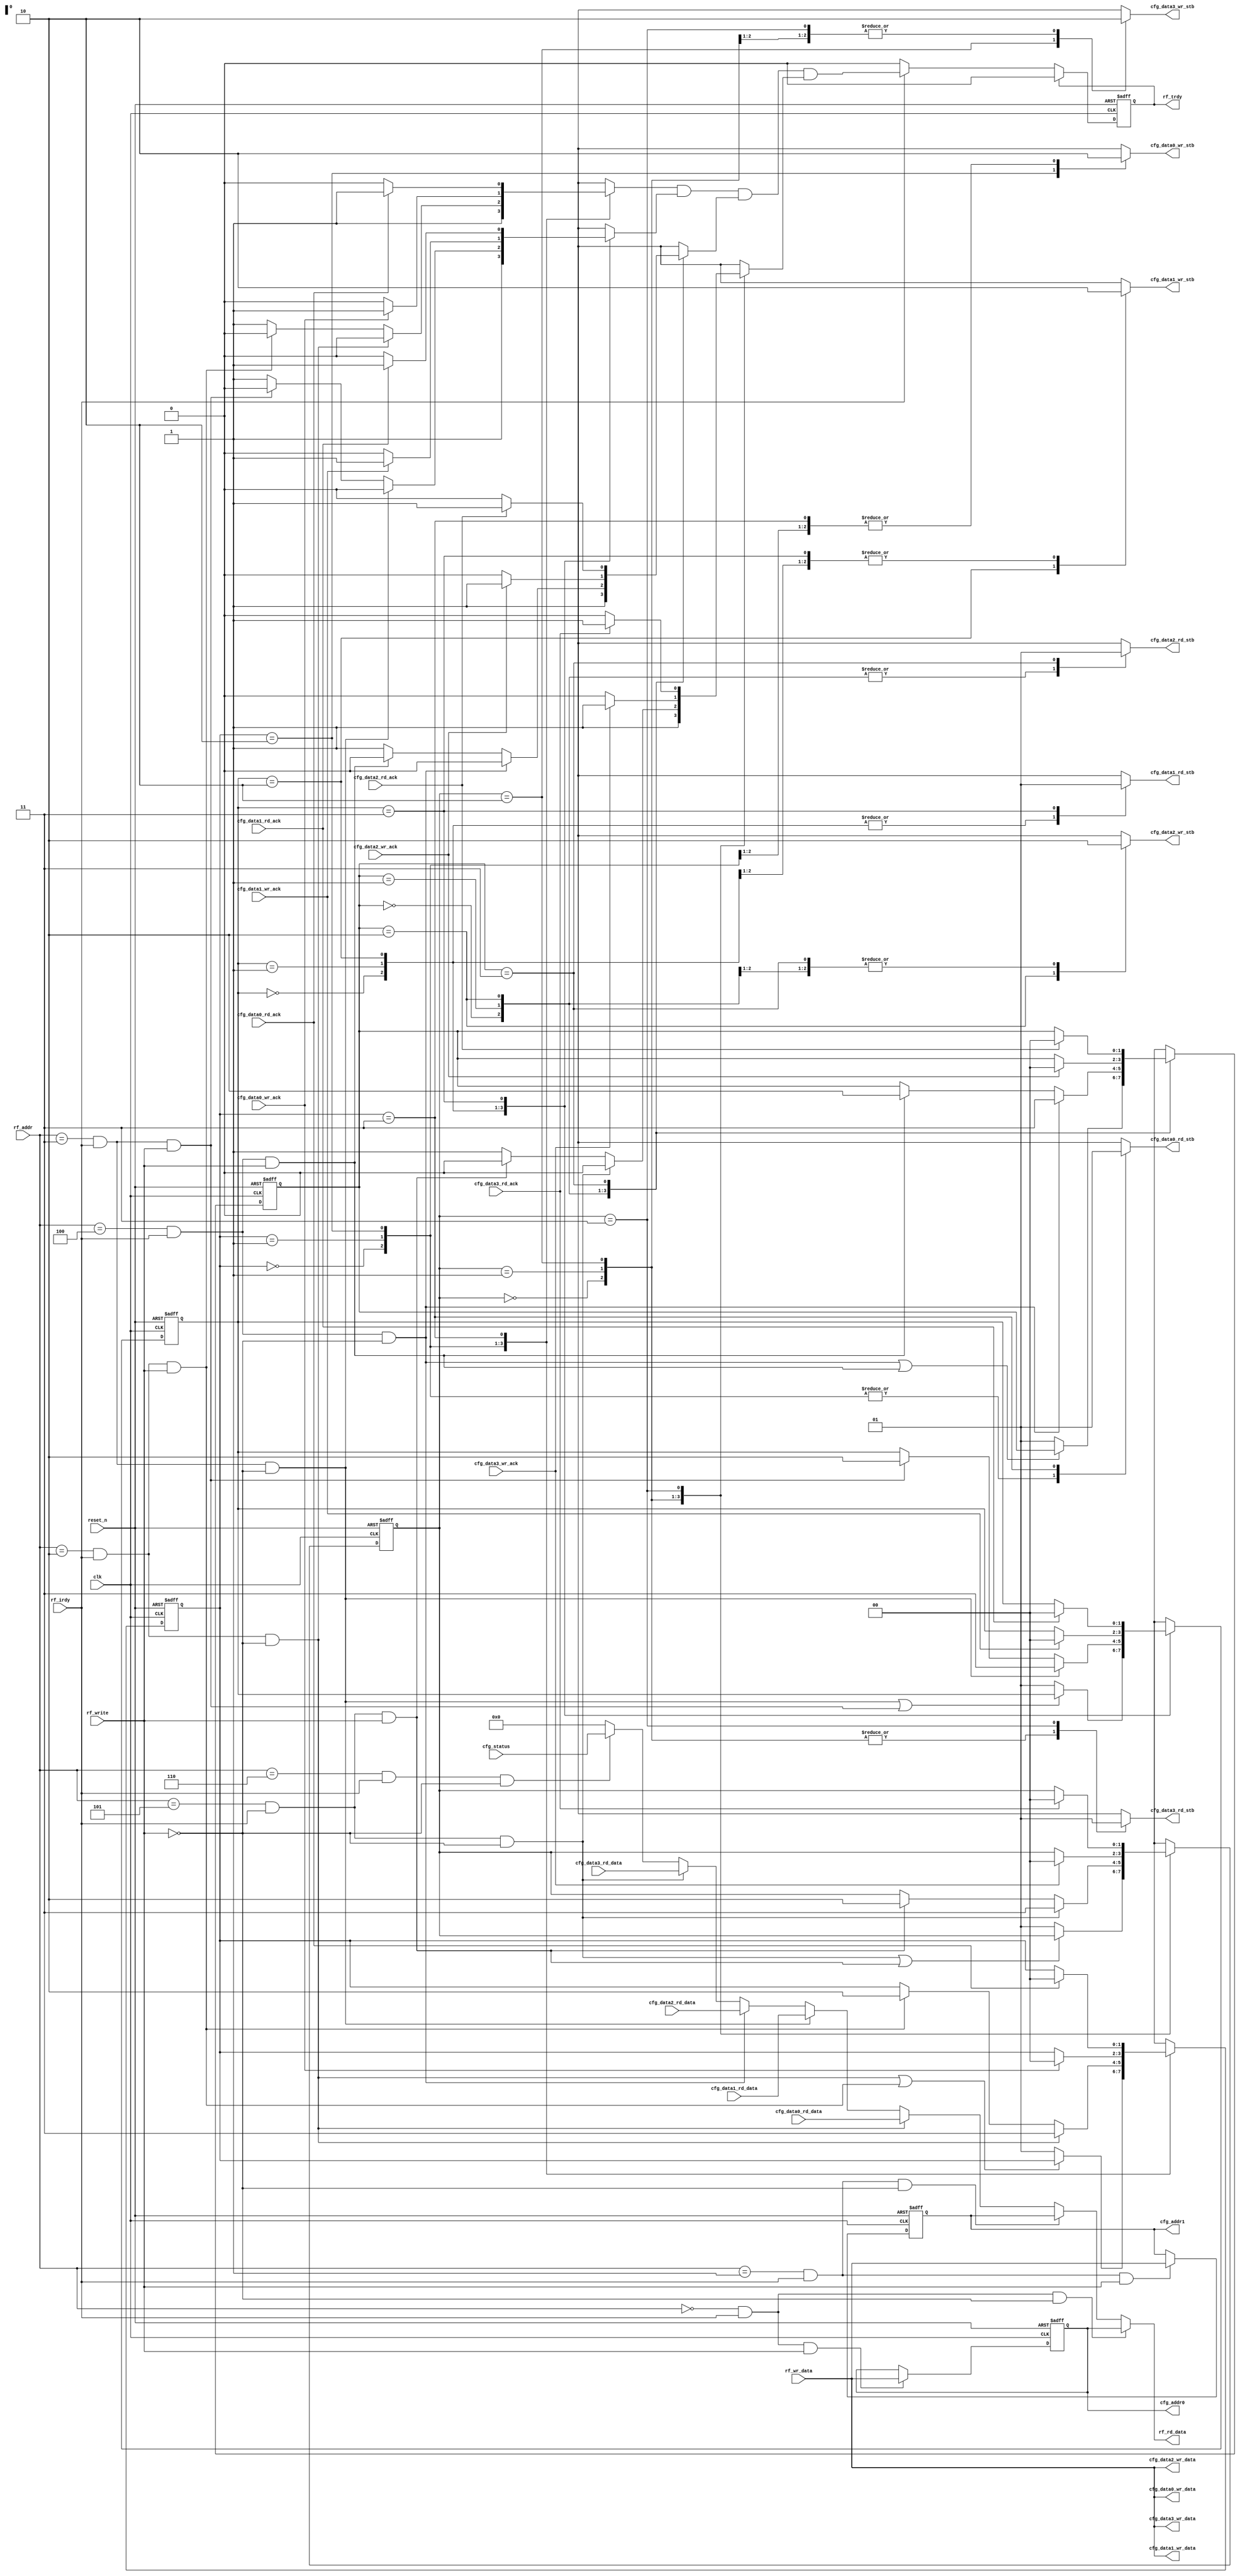
// This program was cloned from: https://github.com/hutch31/tv80
// License: MIT License

module lcfg_cfgo_regs (
clk,reset_n,rf_irdy,rf_trdy,rf_write,rf_addr,rf_wr_data,rf_rd_data,cfg_addr0,cfg_addr1,cfg_data0_wr_stb,cfg_data0_rd_stb,cfg_data0_wr_data,cfg_data0_rd_data,cfg_data0_rd_ack,cfg_data0_wr_ack,cfg_data1_wr_stb,cfg_data1_rd_stb,cfg_data1_wr_data,cfg_data1_rd_data,cfg_data1_rd_ack,cfg_data1_wr_ack,cfg_data2_wr_stb,cfg_data2_rd_stb,cfg_data2_wr_data,cfg_data2_rd_data,cfg_data2_rd_ack,cfg_data2_wr_ack,cfg_data3_wr_stb,cfg_data3_rd_stb,cfg_data3_wr_data,cfg_data3_rd_data,cfg_data3_rd_ack,cfg_data3_wr_ack,cfg_status);
input clk;
input reset_n;
input rf_irdy;
output rf_trdy;
input rf_write;
input [3:0] rf_addr;
input [7:0] rf_wr_data;
output [7:0] rf_rd_data;
output [7:0] cfg_addr0;
output [7:0] cfg_addr1;
output cfg_data0_wr_stb;
output cfg_data0_rd_stb;
output [7:0] cfg_data0_wr_data;
input [7:0] cfg_data0_rd_data;
input cfg_data0_rd_ack;
input cfg_data0_wr_ack;
output cfg_data1_wr_stb;
output cfg_data1_rd_stb;
output [7:0] cfg_data1_wr_data;
input [7:0] cfg_data1_rd_data;
input cfg_data1_rd_ack;
input cfg_data1_wr_ack;
output cfg_data2_wr_stb;
output cfg_data2_rd_stb;
output [7:0] cfg_data2_wr_data;
input [7:0] cfg_data2_rd_data;
input cfg_data2_rd_ack;
input cfg_data2_wr_ack;
output cfg_data3_wr_stb;
output cfg_data3_rd_stb;
output [7:0] cfg_data3_wr_data;
input [7:0] cfg_data3_rd_data;
input cfg_data3_rd_ack;
input cfg_data3_wr_ack;
input [7:0] cfg_status;
reg [7:0] rf_rd_data;
reg nxt_rf_trdy;
reg rf_trdy;
reg [7:0] cfg_addr0;
reg [7:0] nxt_cfg_addr0;
reg cfg_addr0_rd_sel;
reg cfg_addr0_wr_sel;
reg [7:0] cfg_addr1;
reg [7:0] nxt_cfg_addr1;
reg cfg_addr1_rd_sel;
reg cfg_addr1_wr_sel;
reg cfg_data0_rd_sel;
reg cfg_data0_wr_sel;
reg cfg_data0_rd_stb;
reg cfg_data0_wr_stb;
reg cfg_data0_wait_n;
reg [7:0] cfg_data0;
reg [7:0] cfg_data0_wr_data;
reg [1:0] sm_cfg_data0_state;
reg [1:0] nxt_sm_cfg_data0_state;
reg cfg_data1_rd_sel;
reg cfg_data1_wr_sel;
reg cfg_data1_rd_stb;
reg cfg_data1_wr_stb;
reg cfg_data1_wait_n;
reg [7:0] cfg_data1;
reg [7:0] cfg_data1_wr_data;
reg [1:0] sm_cfg_data1_state;
reg [1:0] nxt_sm_cfg_data1_state;
reg cfg_data2_rd_sel;
reg cfg_data2_wr_sel;
reg cfg_data2_rd_stb;
reg cfg_data2_wr_stb;
reg cfg_data2_wait_n;
reg [7:0] cfg_data2;
reg [7:0] cfg_data2_wr_data;
reg [1:0] sm_cfg_data2_state;
reg [1:0] nxt_sm_cfg_data2_state;
reg cfg_data3_rd_sel;
reg cfg_data3_wr_sel;
reg cfg_data3_rd_stb;
reg cfg_data3_wr_stb;
reg cfg_data3_wait_n;
reg [7:0] cfg_data3;
reg [7:0] cfg_data3_wr_data;
reg [1:0] sm_cfg_data3_state;
reg [1:0] nxt_sm_cfg_data3_state;
reg cfg_status_rd_sel;
always @*
  begin
    cfg_addr0_rd_sel = (rf_addr[3:0] == 0) & rf_irdy & !rf_write;
    cfg_addr0_wr_sel = (rf_addr[3:0] == 0) & rf_irdy & rf_write;

    cfg_addr1_rd_sel = (rf_addr[3:0] == 1) & rf_irdy & !rf_write;
    cfg_addr1_wr_sel = (rf_addr[3:0] == 1) & rf_irdy & rf_write;

    cfg_data0_rd_sel = (rf_addr[3:0] == 2) & rf_irdy & !rf_write;
    cfg_data0_wr_sel = (rf_addr[3:0] == 2) & rf_irdy & rf_write;

    cfg_data1_rd_sel = (rf_addr[3:0] == 3) & rf_irdy & !rf_write;
    cfg_data1_wr_sel = (rf_addr[3:0] == 3) & rf_irdy & rf_write;

    cfg_data2_rd_sel = (rf_addr[3:0] == 4) & rf_irdy & !rf_write;
    cfg_data2_wr_sel = (rf_addr[3:0] == 4) & rf_irdy & rf_write;

    cfg_data3_rd_sel = (rf_addr[3:0] == 5) & rf_irdy & !rf_write;
    cfg_data3_wr_sel = (rf_addr[3:0] == 5) & rf_irdy & rf_write;

    cfg_status_rd_sel = (rf_addr[3:0] == 6) & rf_irdy & !rf_write;
  end
always @*
  begin
    case (1'b1)
      cfg_addr0_rd_sel : rf_rd_data = cfg_addr0;
      cfg_addr1_rd_sel : rf_rd_data = cfg_addr1;
      cfg_data0_rd_sel : rf_rd_data = cfg_data0;
      cfg_data1_rd_sel : rf_rd_data = cfg_data1;
      cfg_data2_rd_sel : rf_rd_data = cfg_data2;
      cfg_data3_rd_sel : rf_rd_data = cfg_data3;
      cfg_status_rd_sel : rf_rd_data = cfg_status;
      default : rf_rd_data = 8'b0;
    endcase
  end
always @*
  begin
    if (rf_trdy) nxt_rf_trdy = 0;
    else if (rf_irdy) nxt_rf_trdy = cfg_data0_wait_n & cfg_data1_wait_n & cfg_data2_wait_n & cfg_data3_wait_n;
    else nxt_rf_trdy = 0;
  end
always @(posedge clk or negedge reset_n)
  begin
    if (~reset_n) rf_trdy <= #1 0;
    else rf_trdy <= #1 nxt_rf_trdy;
  end
// config: cfg_addr0
always @*
  begin
    if (cfg_addr0_wr_sel) nxt_cfg_addr0 = rf_wr_data;
    else nxt_cfg_addr0 = cfg_addr0;
  end
always @(posedge clk or negedge reset_n)
  begin
    if (~reset_n) cfg_addr0 <= #1 8'h0;
    else cfg_addr0 <= #1 nxt_cfg_addr0;
  end
// config: cfg_addr1
always @*
  begin
    if (cfg_addr1_wr_sel) nxt_cfg_addr1 = rf_wr_data;
    else nxt_cfg_addr1 = cfg_addr1;
  end
always @(posedge clk or negedge reset_n)
  begin
    if (~reset_n) cfg_addr1 <= #1 8'h0;
    else cfg_addr1 <= #1 nxt_cfg_addr1;
  end
// state machine sm_cfg_data0
parameter st_sm_cfg_data0_w_clear = 0;
parameter st_sm_cfg_data0_idle = 1;
parameter st_sm_cfg_data0_wr_req = 2;
parameter st_sm_cfg_data0_rd_req = 3;
always @*
  begin
    cfg_data0_rd_stb = 0;
    cfg_data0_wr_stb = 0;
    cfg_data0_wait_n = 1;
    nxt_sm_cfg_data0_state = sm_cfg_data0_state;
    case (sm_cfg_data0_state)
    st_sm_cfg_data0_w_clear : 
      begin
        if (~(cfg_data0_rd_sel | cfg_data0_wr_sel))
        begin
        nxt_sm_cfg_data0_state = st_sm_cfg_data0_idle;
        end
      end
    st_sm_cfg_data0_idle : 
      begin
        if (cfg_data0_rd_sel)
        begin
        nxt_sm_cfg_data0_state = st_sm_cfg_data0_rd_req;
        cfg_data0_wait_n = 0;
        end
        else if (cfg_data0_wr_sel)
        begin
        nxt_sm_cfg_data0_state = st_sm_cfg_data0_wr_req;
        cfg_data0_wait_n = 0;
        end
      end
    st_sm_cfg_data0_wr_req : 
      begin
        if (cfg_data0_wr_ack)
        begin
        nxt_sm_cfg_data0_state = st_sm_cfg_data0_w_clear;
        end
        else if (!cfg_data0_wr_ack)
        begin
        cfg_data0_wait_n = 0;
        end
        cfg_data0_wr_stb = 1;
      end
    st_sm_cfg_data0_rd_req : 
      begin
        if (cfg_data0_rd_ack)
        begin
        nxt_sm_cfg_data0_state = st_sm_cfg_data0_w_clear;
        end
        else if (!cfg_data0_rd_ack)
        begin
        cfg_data0_wait_n = 0;
        end
        cfg_data0_rd_stb = 1;
      end
    endcase
  end
always @(posedge clk or negedge reset_n)
  begin
    if(~reset_n)
    sm_cfg_data0_state <= #1 st_sm_cfg_data0_idle;
    else
    sm_cfg_data0_state <= #1 nxt_sm_cfg_data0_state;
  end
always @*
  begin
    cfg_data0_wr_data = rf_wr_data;
    cfg_data0 = cfg_data0_rd_data;
  end
// state machine sm_cfg_data1
parameter st_sm_cfg_data1_w_clear = 0;
parameter st_sm_cfg_data1_idle = 1;
parameter st_sm_cfg_data1_wr_req = 2;
parameter st_sm_cfg_data1_rd_req = 3;
always @*
  begin
    cfg_data1_rd_stb = 0;
    cfg_data1_wr_stb = 0;
    cfg_data1_wait_n = 1;
    nxt_sm_cfg_data1_state = sm_cfg_data1_state;
    case (sm_cfg_data1_state)
    st_sm_cfg_data1_w_clear : 
      begin
        if (~(cfg_data1_rd_sel | cfg_data1_wr_sel))
        begin
        nxt_sm_cfg_data1_state = st_sm_cfg_data1_idle;
        end
      end
    st_sm_cfg_data1_idle : 
      begin
        if (cfg_data1_rd_sel)
        begin
        nxt_sm_cfg_data1_state = st_sm_cfg_data1_rd_req;
        cfg_data1_wait_n = 0;
        end
        else if (cfg_data1_wr_sel)
        begin
        nxt_sm_cfg_data1_state = st_sm_cfg_data1_wr_req;
        cfg_data1_wait_n = 0;
        end
      end
    st_sm_cfg_data1_wr_req : 
      begin
        if (cfg_data1_wr_ack)
        begin
        nxt_sm_cfg_data1_state = st_sm_cfg_data1_w_clear;
        end
        else if (!cfg_data1_wr_ack)
        begin
        cfg_data1_wait_n = 0;
        end
        cfg_data1_wr_stb = 1;
      end
    st_sm_cfg_data1_rd_req : 
      begin
        if (cfg_data1_rd_ack)
        begin
        nxt_sm_cfg_data1_state = st_sm_cfg_data1_w_clear;
        end
        else if (!cfg_data1_rd_ack)
        begin
        cfg_data1_wait_n = 0;
        end
        cfg_data1_rd_stb = 1;
      end
    endcase
  end
always @(posedge clk or negedge reset_n)
  begin
    if(~reset_n)
    sm_cfg_data1_state <= #1 st_sm_cfg_data1_idle;
    else
    sm_cfg_data1_state <= #1 nxt_sm_cfg_data1_state;
  end
always @*
  begin
    cfg_data1_wr_data = rf_wr_data;
    cfg_data1 = cfg_data1_rd_data;
  end
// state machine sm_cfg_data2
parameter st_sm_cfg_data2_w_clear = 0;
parameter st_sm_cfg_data2_idle = 1;
parameter st_sm_cfg_data2_wr_req = 2;
parameter st_sm_cfg_data2_rd_req = 3;
always @*
  begin
    cfg_data2_rd_stb = 0;
    cfg_data2_wr_stb = 0;
    cfg_data2_wait_n = 1;
    nxt_sm_cfg_data2_state = sm_cfg_data2_state;
    case (sm_cfg_data2_state)
    st_sm_cfg_data2_w_clear : 
      begin
        if (~(cfg_data2_rd_sel | cfg_data2_wr_sel))
        begin
        nxt_sm_cfg_data2_state = st_sm_cfg_data2_idle;
        end
      end
    st_sm_cfg_data2_idle : 
      begin
        if (cfg_data2_rd_sel)
        begin
        nxt_sm_cfg_data2_state = st_sm_cfg_data2_rd_req;
        cfg_data2_wait_n = 0;
        end
        else if (cfg_data2_wr_sel)
        begin
        nxt_sm_cfg_data2_state = st_sm_cfg_data2_wr_req;
        cfg_data2_wait_n = 0;
        end
      end
    st_sm_cfg_data2_wr_req : 
      begin
        if (cfg_data2_wr_ack)
        begin
        nxt_sm_cfg_data2_state = st_sm_cfg_data2_w_clear;
        end
        else if (!cfg_data2_wr_ack)
        begin
        cfg_data2_wait_n = 0;
        end
        cfg_data2_wr_stb = 1;
      end
    st_sm_cfg_data2_rd_req : 
      begin
        if (cfg_data2_rd_ack)
        begin
        nxt_sm_cfg_data2_state = st_sm_cfg_data2_w_clear;
        end
        else if (!cfg_data2_rd_ack)
        begin
        cfg_data2_wait_n = 0;
        end
        cfg_data2_rd_stb = 1;
      end
    endcase
  end
always @(posedge clk or negedge reset_n)
  begin
    if(~reset_n)
    sm_cfg_data2_state <= #1 st_sm_cfg_data2_idle;
    else
    sm_cfg_data2_state <= #1 nxt_sm_cfg_data2_state;
  end
always @*
  begin
    cfg_data2_wr_data = rf_wr_data;
    cfg_data2 = cfg_data2_rd_data;
  end
// state machine sm_cfg_data3
parameter st_sm_cfg_data3_w_clear = 0;
parameter st_sm_cfg_data3_idle = 1;
parameter st_sm_cfg_data3_wr_req = 2;
parameter st_sm_cfg_data3_rd_req = 3;
always @*
  begin
    cfg_data3_rd_stb = 0;
    cfg_data3_wr_stb = 0;
    cfg_data3_wait_n = 1;
    nxt_sm_cfg_data3_state = sm_cfg_data3_state;
    case (sm_cfg_data3_state)
    st_sm_cfg_data3_w_clear : 
      begin
        if (~(cfg_data3_rd_sel | cfg_data3_wr_sel))
        begin
        nxt_sm_cfg_data3_state = st_sm_cfg_data3_idle;
        end
      end
    st_sm_cfg_data3_idle : 
      begin
        if (cfg_data3_rd_sel)
        begin
        nxt_sm_cfg_data3_state = st_sm_cfg_data3_rd_req;
        cfg_data3_wait_n = 0;
        end
        else if (cfg_data3_wr_sel)
        begin
        nxt_sm_cfg_data3_state = st_sm_cfg_data3_wr_req;
        cfg_data3_wait_n = 0;
        end
      end
    st_sm_cfg_data3_wr_req : 
      begin
        if (cfg_data3_wr_ack)
        begin
        nxt_sm_cfg_data3_state = st_sm_cfg_data3_w_clear;
        end
        else if (!cfg_data3_wr_ack)
        begin
        cfg_data3_wait_n = 0;
        end
        cfg_data3_wr_stb = 1;
      end
    st_sm_cfg_data3_rd_req : 
      begin
        if (cfg_data3_rd_ack)
        begin
        nxt_sm_cfg_data3_state = st_sm_cfg_data3_w_clear;
        end
        else if (!cfg_data3_rd_ack)
        begin
        cfg_data3_wait_n = 0;
        end
        cfg_data3_rd_stb = 1;
      end
    endcase
  end
always @(posedge clk or negedge reset_n)
  begin
    if(~reset_n)
    sm_cfg_data3_state <= #1 st_sm_cfg_data3_idle;
    else
    sm_cfg_data3_state <= #1 nxt_sm_cfg_data3_state;
  end
always @*
  begin
    cfg_data3_wr_data = rf_wr_data;
    cfg_data3 = cfg_data3_rd_data;
  end
// status: cfg_status
endmodule